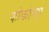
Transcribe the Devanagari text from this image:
कोकोन्डा